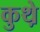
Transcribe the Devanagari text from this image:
कुथ़े